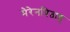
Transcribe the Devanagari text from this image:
मेरेनपिताह